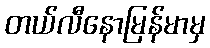
တယ်လီနောမြန်မာမှ